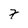
Character: 7